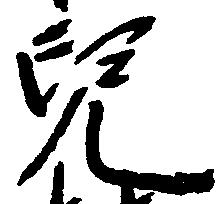
児